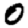
Digit: 0